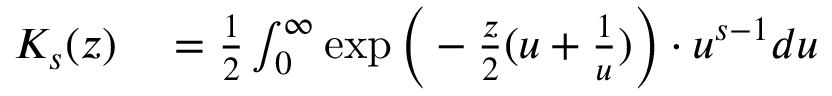
\begin{array} { r l } { K _ { s } ( z ) } & { { } = { \frac { 1 } { 2 } } \int _ { 0 } ^ { \infty } \exp { \biggl ( } - { \frac { z } { 2 } } ( u + { \frac { 1 } { u } } ) { \biggr ) } \cdot u ^ { s - 1 } d u } \end{array}